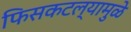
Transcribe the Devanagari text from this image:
फिसकटल्यामुळे